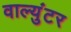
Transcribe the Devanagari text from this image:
वाल्युंटर